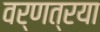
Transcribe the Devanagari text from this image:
वर्णत्रया